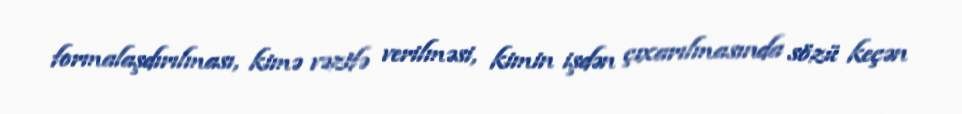
formalaşdırılması, kimə vəzifə verilməsi, kimin işdən çıxarılmasında sözü keçən